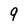
Character: 9